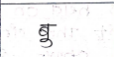
मजकूर: बु